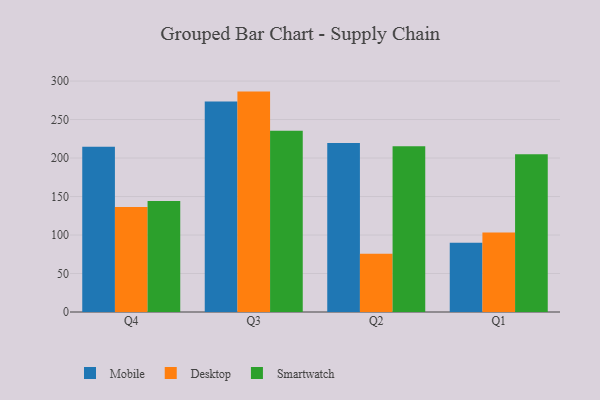
{"axis": {"x": "Quarter", "y": "Shipments"}, "legend": ["Desktop", "Mobile", "Smartwatch"], "data": [{"x": "Q4", "y": 214.8, "type": "Mobile"}, {"x": "Q4", "y": 136.3, "type": "Desktop"}, {"x": "Q4", "y": 144.1, "type": "Smartwatch"}, {"x": "Q3", "y": 273.3, "type": "Mobile"}, {"x": "Q3", "y": 286.3, "type": "Desktop"}, {"x": "Q3", "y": 235.4, "type": "Smartwatch"}, {"x": "Q2", "y": 219.6, "type": "Mobile"}, {"x": "Q2", "y": 75.8, "type": "Desktop"}, {"x": "Q2", "y": 215.3, "type": "Smartwatch"}, {"x": "Q1", "y": 90.1, "type": "Mobile"}, {"x": "Q1", "y": 103.3, "type": "Desktop"}, {"x": "Q1", "y": 205.0, "type": "Smartwatch"}]}